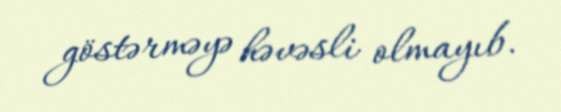
göstərməyə həvəsli olmayıb.